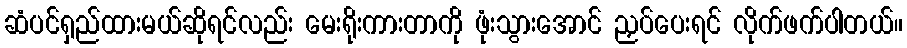
ဆံပင်ရှည်ထားမယ်ဆိုရင်လည်း မေးရိုးကားတာကို ဖုံးသွားအောင် ညှပ်ပေးရင် လိုက်ဖက်ပါတယ်။